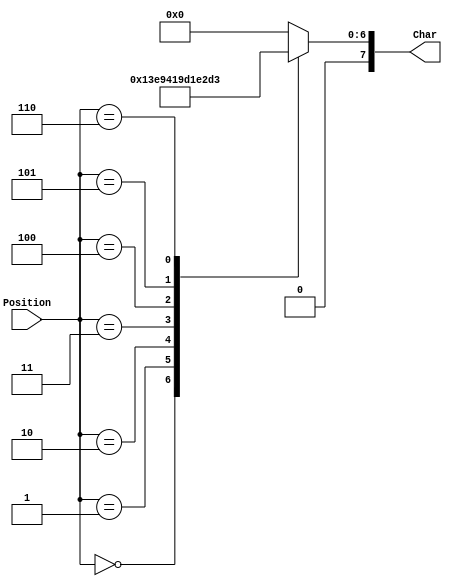
module word2(output reg [7:0] Char, input [3:0] Position);
	always @ (*) begin
		case (Position)
			4'd0: Char <= "O";
			4'd1: Char <= "R";
			4'd2: Char <= "A";
			4'd3: Char <= "N";
			4'd4: Char <= "G";
			4'd5: Char <= "E";
			4'd6: Char <= "S";
			default : Char <= 8'h00; //null character
		endcase
	end
endmodule